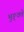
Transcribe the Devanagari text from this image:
भुङ्क्ते